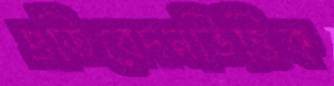
প্রতিবেদনভিত্তিক